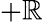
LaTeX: +\mathbb{R}